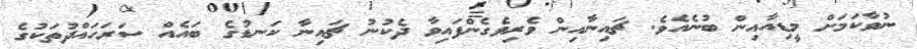
ނުވާކަމަށް މީޑިއާއިން ބުނެއެވެ. ޗައިނާއިން ވެރިވެގެންފައިވާ ދެކުނު ޗައިނާ ކަނޑުގެ ބައެއް ސަރަހައްދުތަކުގެ